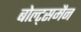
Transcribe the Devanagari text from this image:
बोल्ट्समैन